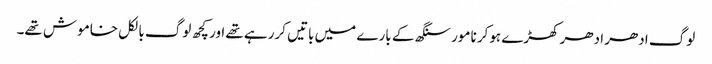
لوگ ادھر ادھر کھڑے ہوکر نامور سنگھ کے بارے میں باتیں کررہے تھے اور کچھ لوگ بالکل خاموش تھے۔